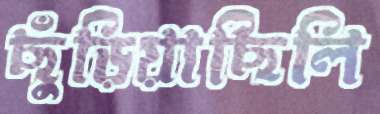
ছুঁড়িয়াছিলি